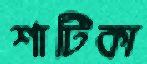
শাটিকা